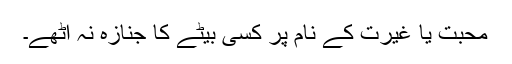
محبت یا غیرت کے نام پر کسی بیٹے کا جنازہ نہ اٹھے۔